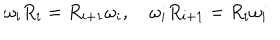
\omega _ { i } R _ { i } = R _ { i + 1 } \omega _ { i } , \quad \omega _ { i } R _ { i + 1 } = R _ { i } \omega _ { i }